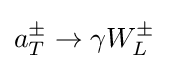
a_{T}^{\pm }\rightarrow \gamma W_{L}^{\pm }